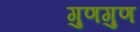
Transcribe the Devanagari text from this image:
गुणगुण